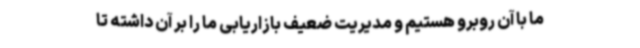
ما با آن روبرو هستیم و مدیریت ضعیف بازاریابی ما را بر آن داشته تا